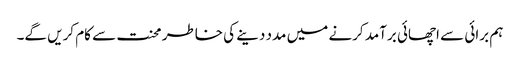
ہم برائی سے اچھائی برآمد کرنے میں مدد دینے کی خاطر محنت سے کام کریں گے۔